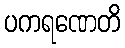
ပကရဏေတိ